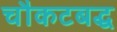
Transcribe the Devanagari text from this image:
चौकटबद्ध